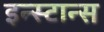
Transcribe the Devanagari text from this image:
इन्स्टान्स